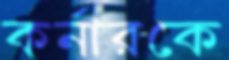
কর্নারকে